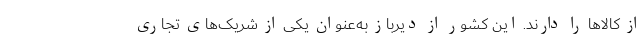
از کالاها را دارند. این کشور از دیرباز به‌عنوان یکی از شریک‌های تجاری